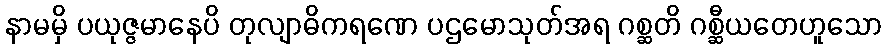
နာမမှိ ပယုဇ္ဇမာနေပိ တုလျာဓိကရဏေ ပဌမောသုတ်အရ ဂစ္ဆတိ ဂစ္ဆီယတေဟူသော